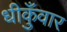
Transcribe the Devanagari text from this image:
धीकुँवार